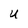
Character: U